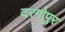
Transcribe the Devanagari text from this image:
दरगोपुर